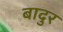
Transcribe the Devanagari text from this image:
बादुर